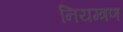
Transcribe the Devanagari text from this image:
नियम्त्रण